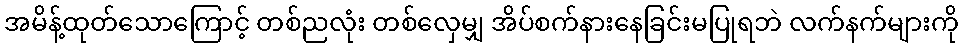
အမိန့်ထုတ်သောကြောင့် တစ်ညလုံး တစ်လှေမျှ အိပ်စက်နားနေခြင်းမပြုရဘဲ လက်နက်များကို